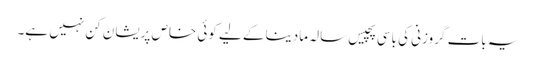
یہ بات گروزنی کی باسی پچیس سالہ مادینا کے لیے کوئی خاص پریشان کن نہیں ہے۔